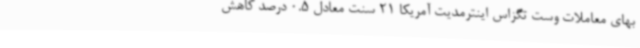
بهای معاملات وست تگزاس اینترمدیت آمریکا 21 سنت معادل 0.5 درصد کاهش